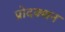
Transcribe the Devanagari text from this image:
प्रोदक्शन